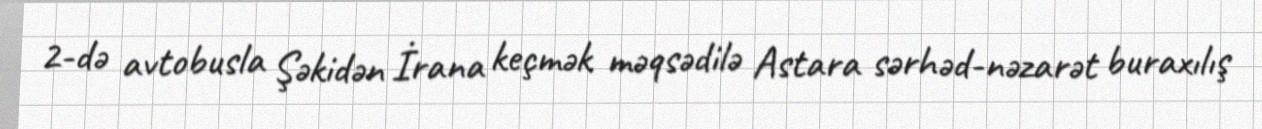
2-də avtobusla Şəkidən İrana keçmək məqsədilə Astara sərhəd-nəzarət buraxılış